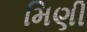
મિણી